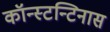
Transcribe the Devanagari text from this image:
कॉन्स्टन्टिनास